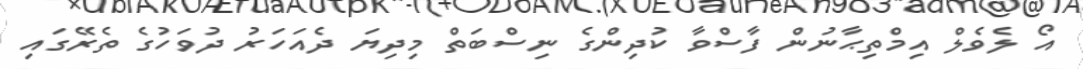
އޯ ލެވެލް އިމްތިޙާނުން ފާސްވާ ކުދިންގެ ނިސްބަތް މިދިޔަ ދެއަހަރު ދުވަހުގެ ތެރޭގައި